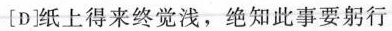
[D]纸上得来终觉浅，绝知此事要躬行